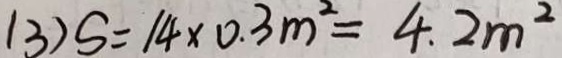
( 3 ) S = 1 4 \times 0 . 3 m ^ { 2 } = 4 . 2 m ^ { 2 }